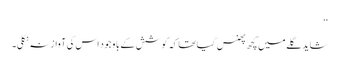
‘‘
شاید گلے میں کچھ پھنس گیا تھا کہ کوشش کے با وجود اس کی آواز نہ نکلی۔